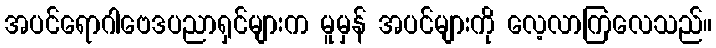
အပင်ရောဂါဗေဒပညာရှင်များက မူမှန် အပင်များကို လေ့လာကြလေသည်။